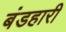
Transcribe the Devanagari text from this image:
बंडहारी